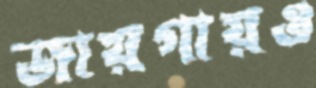
জায়গায়ও